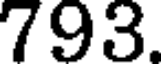
793.